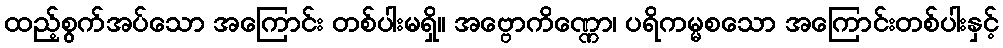
ထည့်စွက်အပ်သော အကြောင်း တစ်ပါးမရှိ။ အဗ္ဗောကိဏ္ဏော၊ ပရိကမ္မစသော အကြောင်းတစ်ပါးနှင့်